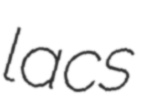
lacs